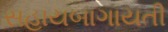
સહાયબાગાયતી